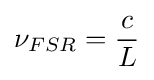
\nu _{FSR}={\frac {c}{L}}